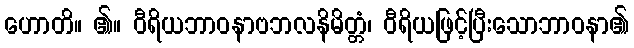
ဟောတိ။ ၏။ ဝီရိယဘာဝနာဗဘလနိမိတ္တံ၊ ဝီရိယဖြင့်ပြီးသောဘာဝနာ၏